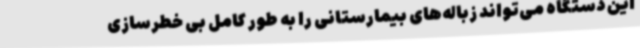
این دستگاه می‌تواند زباله‌های بیمارستانی را به طور کامل بی خطرسازی